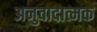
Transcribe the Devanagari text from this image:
अनुवादात्मक